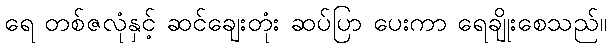
ရေ တစ်ဇလုံနှင့် ဆင်ချေးတုံး ဆပ်ပြာ ပေးကာ ရေချိုးစေသည်။